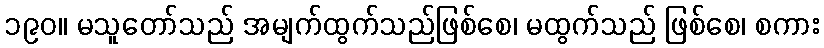
၁၉၀။ မသူတော်သည် အမျက်ထွက်သည်ဖြစ်စေ၊ မထွက်သည် ဖြစ်စေ၊ စကား